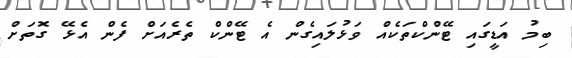
ބިމު އަޑީގައި ޓޭންކްތަކެއް ވަޅުލައިގެން އެ ޓޭންކް ތެރެއަށް ފެން އެޅޭ ގޮތަށް